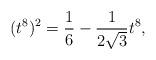
LaTeX: \begin{align*}(t^8)^2 = \frac{1}{6}-\frac{1}{2\sqrt{3}}t^8,\end{align*}